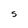
Character: S